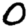
Digit: 0